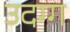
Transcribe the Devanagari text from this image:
उदग्ग